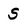
Character: s